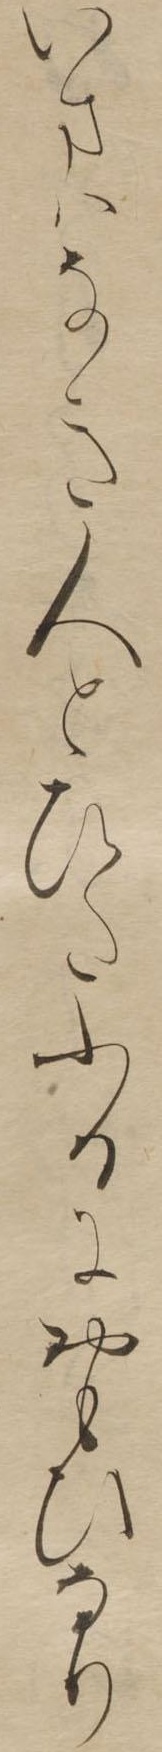
いまはなき人とひたふるにおもひなり